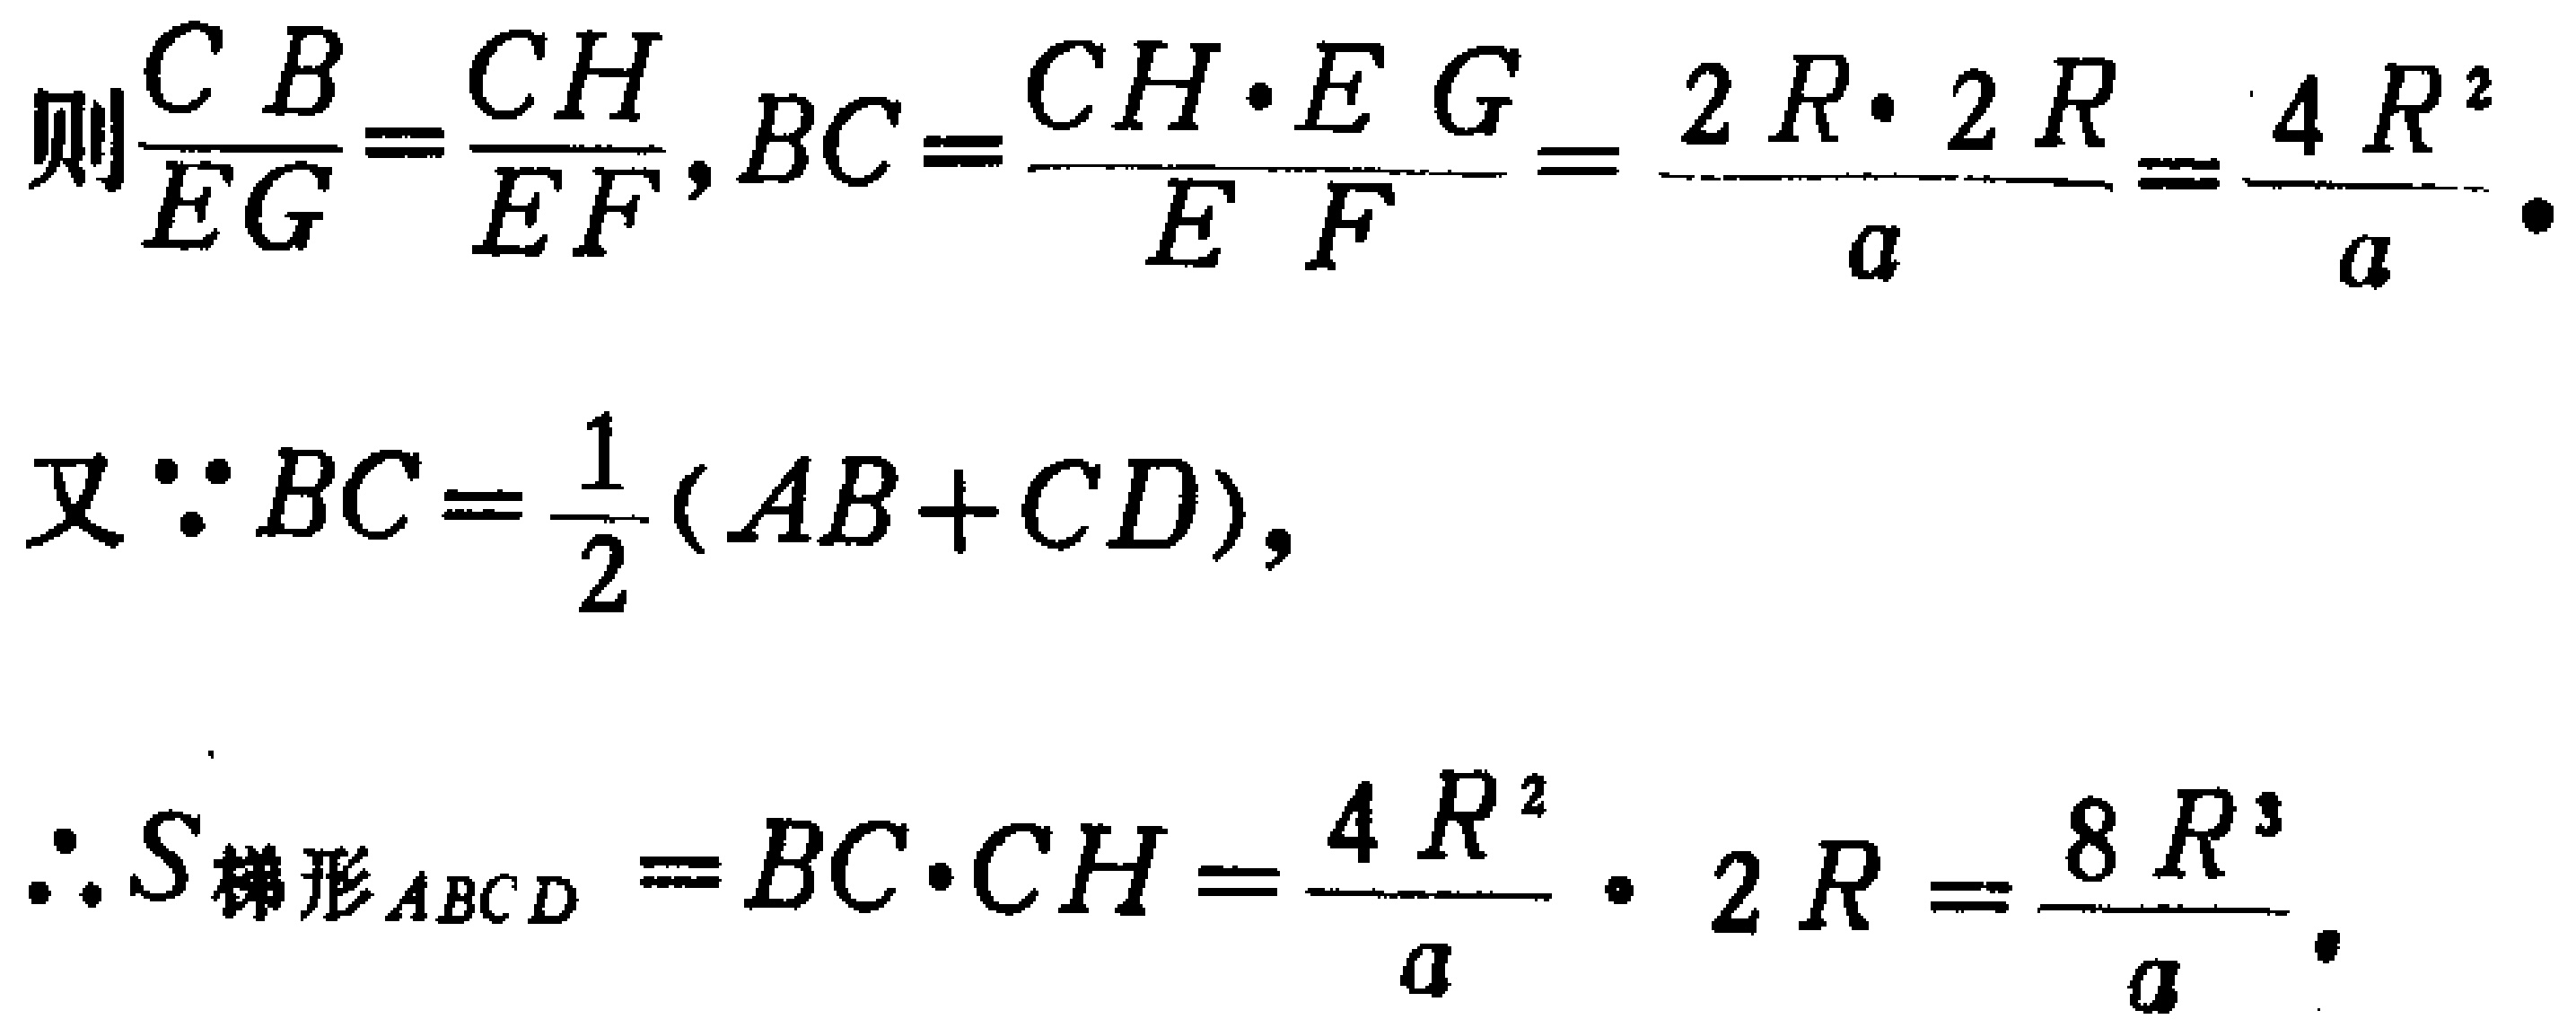
则$\frac{CB}{EG}=\frac{CH}{EF},BC = \frac{CH\cdot EG}{EF}=\frac{2R\cdot 2R}{a}=\frac{4R^{2}}{a}\cdot$

又$\because BC=\frac{1}{2}(AB + CD),$

$\therefore S_{梯形ABCD}=BC\cdot CH=\frac{4R^{2}}{a}\cdot 2R=\frac{8R^{3}}{a}\cdot$